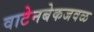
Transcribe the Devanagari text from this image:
वाटेनबेकजवळ